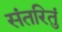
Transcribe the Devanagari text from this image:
संतरितुं